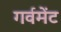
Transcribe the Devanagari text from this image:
गर्वमेंट